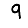
Digit: 9